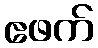
ဧဖက်